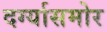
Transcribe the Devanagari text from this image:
दर्ग्यासमोर